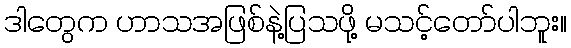
ဒါတွေက ဟာသအဖြစ်နဲ့ပြသဖို့ မသင့်တော်ပါဘူး။